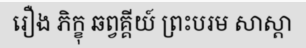
រឿង ភិក្ខុ ឆព្វគ្គីយ៍ ព្រះបរម សាស្តា